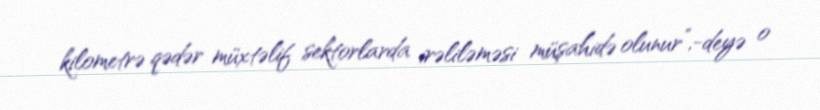
kilometrə qədər müxtəlif sektorlarda irəliləməsi müşahidə olunur”,-deyə o